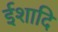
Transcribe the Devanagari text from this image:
ईशादि